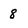
Character: 8